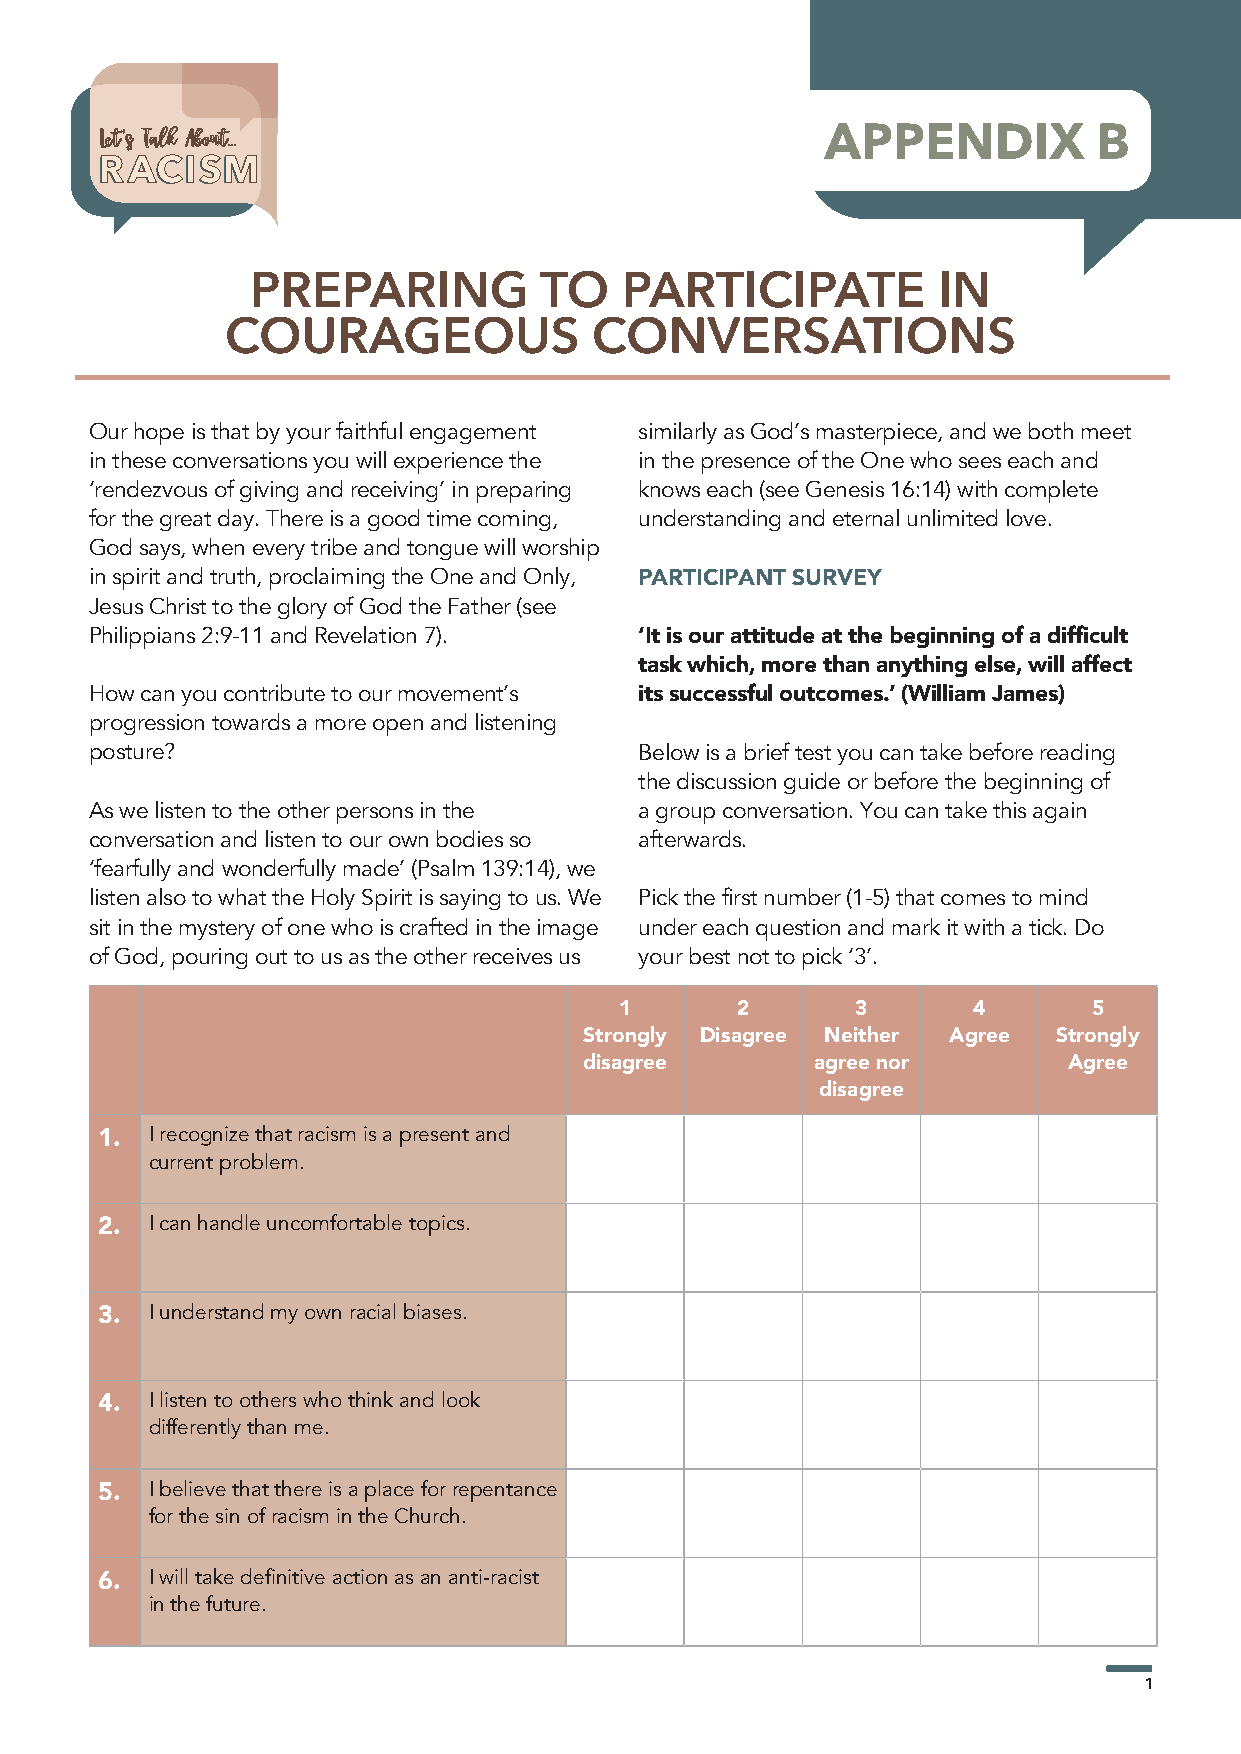
LLeett’’ss TTaallkk AAbboouutt......            APPENDIX          B
 RACISM
 PREPARING          TO   PARTICIPATE          IN
 COURAGEOUS              CONVERSATIONS
 Our hope is that by your faithful engagement similarly as God’s masterpiece, and we both meet
 in these conversations you will experience the in the presence of the One who sees each and
 ‘rendezvous of giving and receiving’ in preparing knows each (see Genesis 16:14) with complete
 for the great day. There is a good time coming, understanding and eternal unlimited love.
 God says, when every tribe and tongue will worship
 in spirit and truth, proclaiming the One and Only, PARTICIPANT SURVEY
 Jesus Christ to the glory of God the Father (see
 Philippians 2:9-11 and Revelation 7). ‘It is our attitude at the beginning of a difficult
 task which, more than anything else, will affect
 How can you contribute to our movement’s its successful outcomes.’ (William James)
 progression towards a more open and listening
 posture?                            Below is a brief test you can take before reading
 the discussion guide or before the beginning of
 As we listen to the other persons in the a group conversation. You can take this again
 conversation and listen to our own bodies so afterwards.
 ‘fearfully and wonderfully made’ (Psalm 139:14), we
 listen also to what the Holy Spirit is saying to us. We Pick the first number (1-5) that comes to mind
 sit in the mystery of one who is crafted in the image under each question and mark it with a tick. Do
 of God, pouring out to us as the other receives us your best not to pick ‘3’.
 1       2       3      4       5
 Strongly Disagree Neither Agree Strongly
 disagree       agree nor        Agree
 disagree
 1.  I recognize that racism is a present and
 current problem.
 2.  I can handle uncomfortable topics.
 3.  I understand my own racial biases.
 4.  I listen to others who think and look
 differently than me.
 5.  I believe that there is a place for repentance
 for the sin of racism in the Church.
 6.  I will take definitive action as an anti-racist
 in the future.
 1